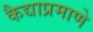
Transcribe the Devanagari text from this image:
कैद्याप्रमाणे